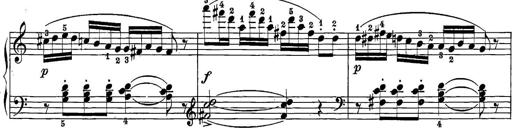
Title: 12 Sonatine per Pianoforte
Composer: Friedrich Kuhlau